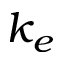
k _ { e }